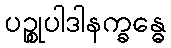
ပဉ္စုပါဒါနက္ခန္ဓေ